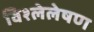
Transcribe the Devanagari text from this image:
विश्लेलेषण